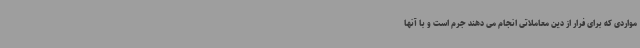
مواردی که برای فرار از دین معاملاتی انجام می دهند جرم است و با آنها